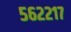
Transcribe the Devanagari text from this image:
५६२२१७